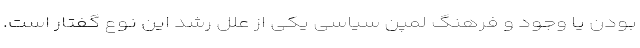
بودن یا وجود و فرهنگ لمپن سیاسی یکی از علل رشد این نوع گفتار است.